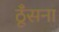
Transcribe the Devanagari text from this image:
ठूँसना